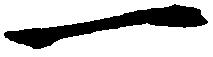
一